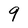
Character: 9